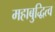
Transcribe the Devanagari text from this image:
महाबुद्धित्व